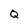
Character: Q